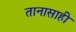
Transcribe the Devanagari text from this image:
तानासाही